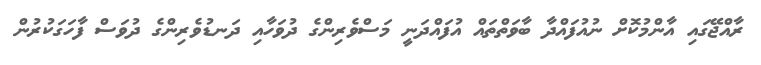
ރާއްޖޭގައި އާންމުކޮށް ނުއުފައްދާ ބާވަތްތައް އުފައްދަނީ މަސްވެރިންގެ ދުވަހާއި ދަނޑުވެރިންގެ ދުވަސް ފާހަގަކުރުން